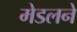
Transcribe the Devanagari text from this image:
मेडलने